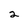
Character: 2